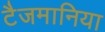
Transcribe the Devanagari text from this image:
टैजमानिया